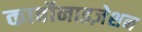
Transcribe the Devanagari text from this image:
कार्बोनाइज़ेशन